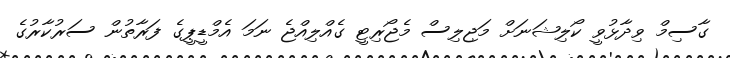
ގާސިމް ވިދާޅުވީ ކޯލިޝަނަށް މަޖިލިސް މެޖޯރިޓީ ގެއްލިއްޖެ ނަމަ އެމްޑީޕީގެ ފަރާތުން ސަރުކާރުގެ